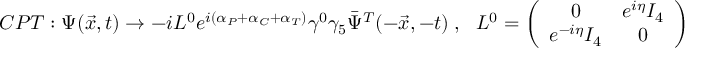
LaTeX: C P T : \Psi ( \vec { x } , t ) \rightarrow - i L ^ { 0 } e ^ { i ( \alpha _ { P } + \alpha _ { C } + \alpha _ { T } ) } \gamma ^ { 0 } \gamma _ { 5 } \bar { \Psi } ^ { T } ( - \vec { x } , - t ) ~ , ~ ~ ~ L ^ { 0 } = \left( \begin{array} { c c } { { 0 } } & { { e ^ { i \eta } I _ { 4 } } } \\ { { e ^ { - i \eta } I _ { 4 } } } & { { 0 } } \end{array} \right)